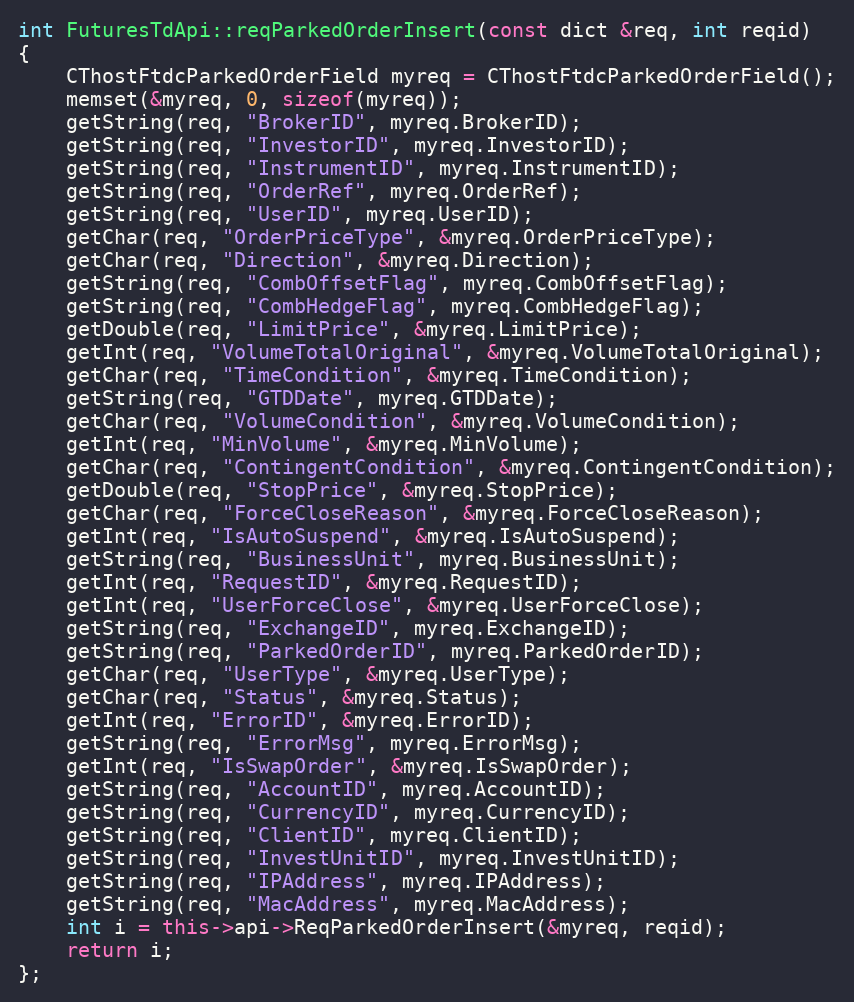
Language: C++
int FuturesTdApi::reqParkedOrderInsert(const dict &req, int reqid)
{
	CThostFtdcParkedOrderField myreq = CThostFtdcParkedOrderField();
	memset(&myreq, 0, sizeof(myreq));
	getString(req, "BrokerID", myreq.BrokerID);
	getString(req, "InvestorID", myreq.InvestorID);
	getString(req, "InstrumentID", myreq.InstrumentID);
	getString(req, "OrderRef", myreq.OrderRef);
	getString(req, "UserID", myreq.UserID);
	getChar(req, "OrderPriceType", &myreq.OrderPriceType);
	getChar(req, "Direction", &myreq.Direction);
	getString(req, "CombOffsetFlag", myreq.CombOffsetFlag);
	getString(req, "CombHedgeFlag", myreq.CombHedgeFlag);
	getDouble(req, "LimitPrice", &myreq.LimitPrice);
	getInt(req, "VolumeTotalOriginal", &myreq.VolumeTotalOriginal);
	getChar(req, "TimeCondition", &myreq.TimeCondition);
	getString(req, "GTDDate", myreq.GTDDate);
	getChar(req, "VolumeCondition", &myreq.VolumeCondition);
	getInt(req, "MinVolume", &myreq.MinVolume);
	getChar(req, "ContingentCondition", &myreq.ContingentCondition);
	getDouble(req, "StopPrice", &myreq.StopPrice);
	getChar(req, "ForceCloseReason", &myreq.ForceCloseReason);
	getInt(req, "IsAutoSuspend", &myreq.IsAutoSuspend);
	getString(req, "BusinessUnit", myreq.BusinessUnit);
	getInt(req, "RequestID", &myreq.RequestID);
	getInt(req, "UserForceClose", &myreq.UserForceClose);
	getString(req, "ExchangeID", myreq.ExchangeID);
	getString(req, "ParkedOrderID", myreq.ParkedOrderID);
	getChar(req, "UserType", &myreq.UserType);
	getChar(req, "Status", &myreq.Status);
	getInt(req, "ErrorID", &myreq.ErrorID);
	getString(req, "ErrorMsg", myreq.ErrorMsg);
	getInt(req, "IsSwapOrder", &myreq.IsSwapOrder);
	getString(req, "AccountID", myreq.AccountID);
	getString(req, "CurrencyID", myreq.CurrencyID);
	getString(req, "ClientID", myreq.ClientID);
	getString(req, "InvestUnitID", myreq.InvestUnitID);
	getString(req, "IPAddress", myreq.IPAddress);
	getString(req, "MacAddress", myreq.MacAddress);
	int i = this->api->ReqParkedOrderInsert(&myreq, reqid);
	return i;
};